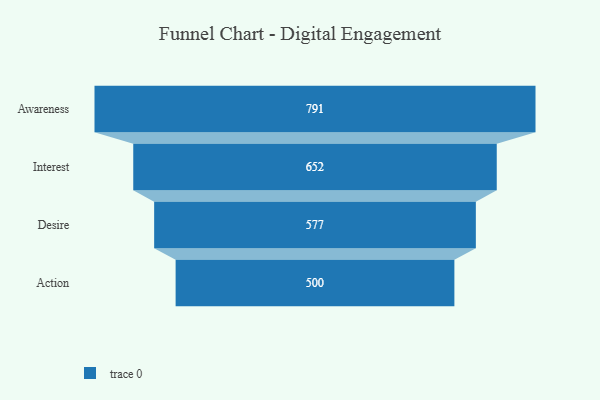
{"axis": {"x": "Stage", "y": "Value"}, "legend": [""], "data": [{"x": "Awareness", "y": 791.0, "type": ""}, {"x": "Interest", "y": 652.0, "type": ""}, {"x": "Desire", "y": 577.0, "type": ""}, {"x": "Action", "y": 500, "type": ""}]}